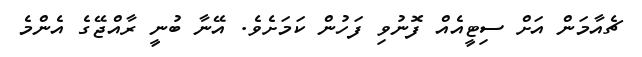
ޗެއާމަން އަށް ސިޓީއެއް ފޮނުވި ފަހުން ކަމަށެވެ. އޭނާ ބުނީ ރާއްޖޭގެ އެންމެ